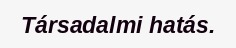
Társadalmi hatás.